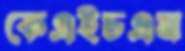
কেএইচএম